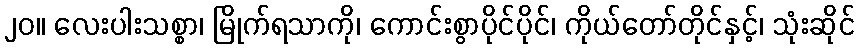
၂၀။ လေးပါးသစ္စာ၊ မြိုက်ရသာကို၊ ကောင်းစွာပိုင်ပိုင်၊ ကိုယ်တော်တိုင်နှင့်၊ သုံးဆိုင်